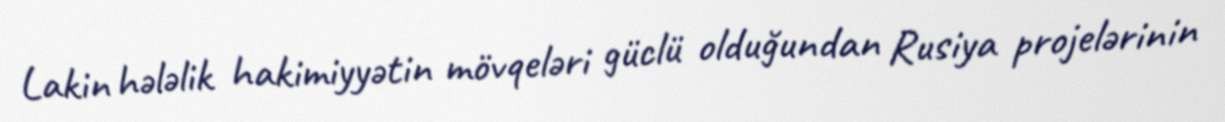
Lakin hələlik hakimiyyətin mövqeləri güclü olduğundan Rusiya projelərinin